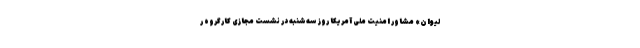
لیوان» مشاور امنیت ملی آمریکا روز سه‌شنبه در نشست مجازی کارگروه ر